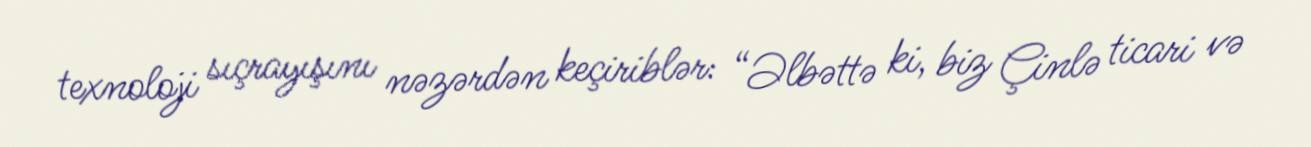
texnoloji sıçrayışını nəzərdən keçiriblər: “Əlbəttə ki, biz Çinlə ticari və